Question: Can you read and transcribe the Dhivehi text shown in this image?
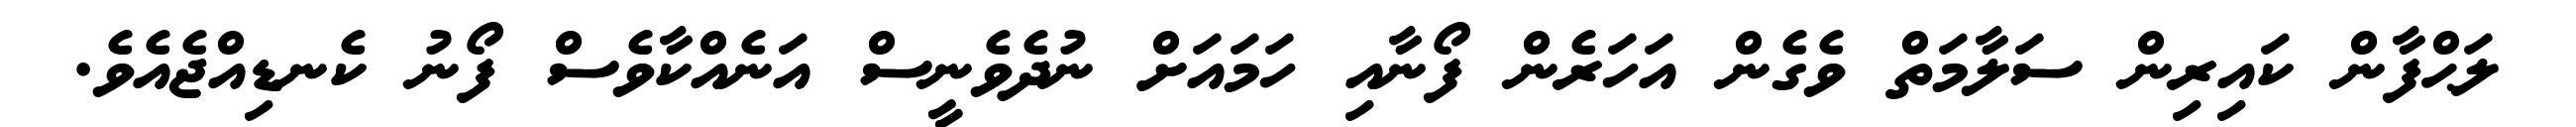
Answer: ލަޙްފާން ކައިރިން ސަލާމަތް ވެގެން އަހަރެން ފޯނާއި ހަމައަށް ނުދެވެނީސް އަނެއްކާވެސް ފޯނު ކެނޑިއްޖެއެވެ.